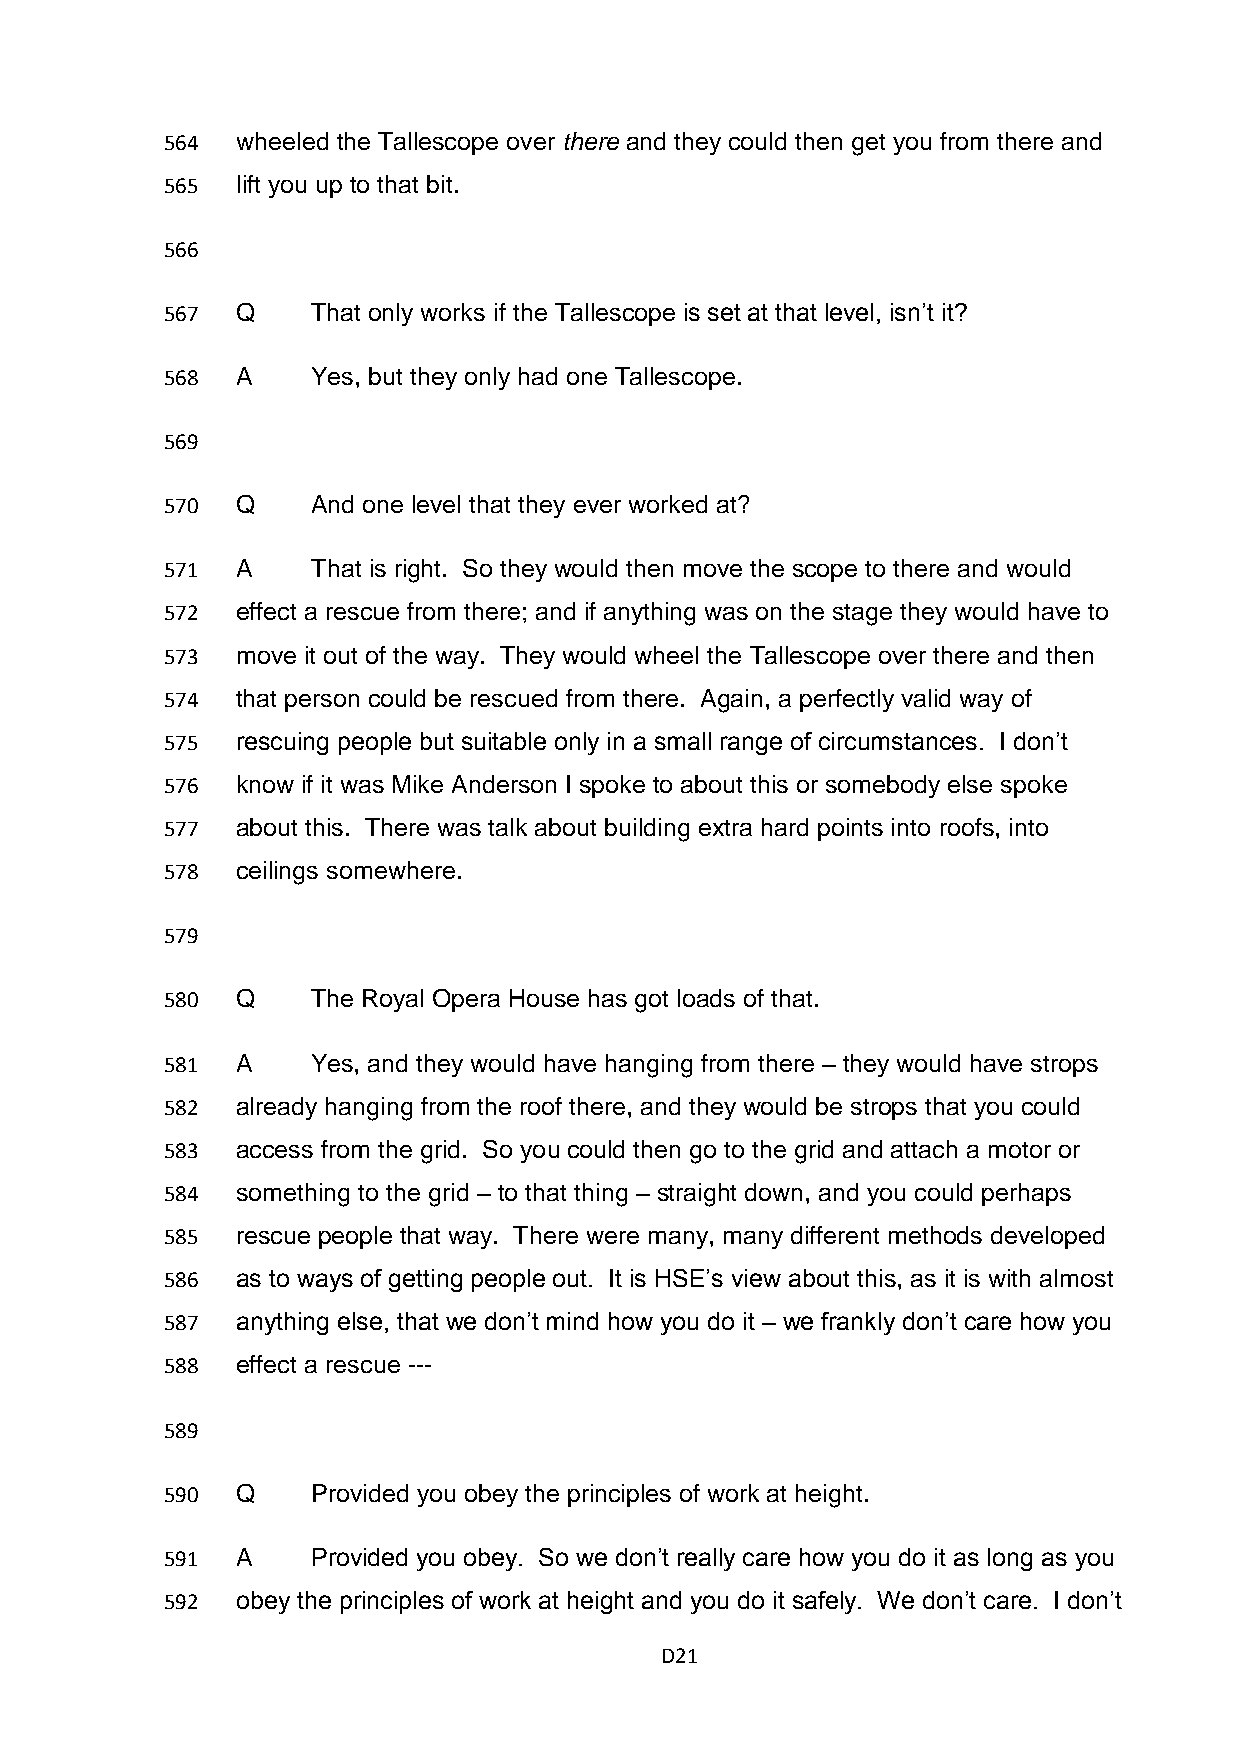
564  wheeled the Tallescope over there and they could then get you from there and
 565  lift you up to that bit.
 566
 567  Q    That only works if the Tallescope is set at that level, isn’t it?
 568  A    Yes, but they only had one Tallescope.
 569
 570  Q    And one level that they ever worked at?
 571  A    That is right. So they would then move the scope to there and would
 572  effect a rescue from there; and if anything was on the stage they would have to
 573  move it out of the way. They would wheel the Tallescope over there and then
 574  that person could be rescued from there. Again, a perfectly valid way of
 575  rescuing people but suitable only in a small range of circumstances. I don’t
 576  know if it was Mike Anderson I spoke to about this or somebody else spoke
 577  about this. There was talk about building extra hard points into roofs, into
 578  ceilings somewhere.
 579
 580  Q    The Royal Opera House has got loads of that.
 581  A    Yes, and they would have hanging from there – they would have strops
 582  already hanging from the roof there, and they would be strops that you could
 583  access from the grid. So you could then go to the grid and attach a motor or
 584  something to the grid – to that thing – straight down, and you could perhaps
 585  rescue people that way. There were many, many different methods developed
 586  as to ways of getting people out. It is HSE’s view about this, as it is with almost
 587  anything else, that we don’t mind how you do it – we frankly don’t care how you
 588  effect a rescue ---
 589
 590  Q    Provided you obey the principles of work at height.
 591  A    Provided you obey. So we don’t really care how you do it as long as you
 592  obey the principles of work at height and you do it safely. We don’t care. I don’t
 D21